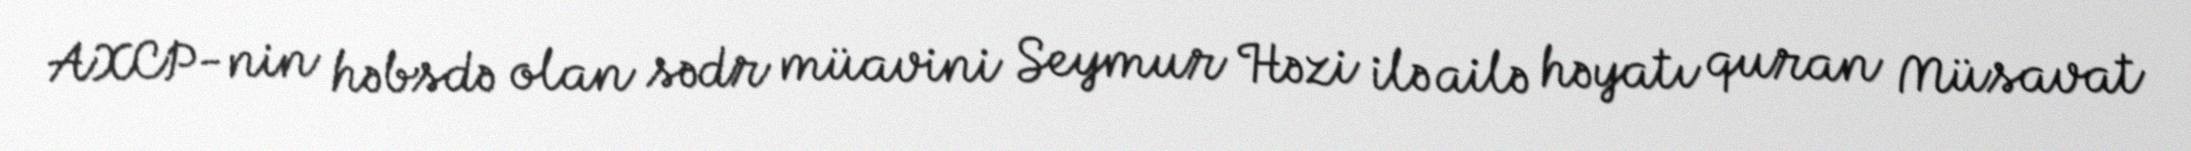
AXCP-nin həbsdə olan sədr müavini Seymur Həzi ilə ailə həyatı quran Müsavat